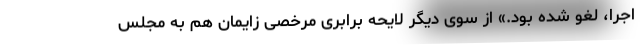
اجرا، لغو شده بود.» از سوی دیگر لایحه برابری مرخصی زایمان هم به مجلس